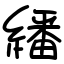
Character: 繙